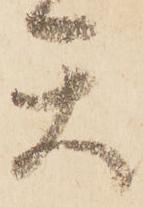
天